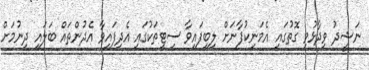
ނަޝީދު ވިދާޅުވި ގޮތުގައި އެމަނިކުފާނަށް ލިބިފައިވާ ސިޓީތަކުގައި އެދިފައިވާ އެދުންތައް ބަލައި ދިނުމަށް